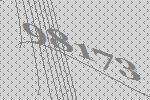
98173